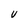
Character: V